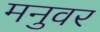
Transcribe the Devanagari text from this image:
मनुवर